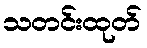
သတင်းထုတ်